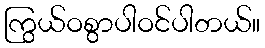
ကြွယ်ဝစွာပါဝင်ပါတယ်။